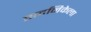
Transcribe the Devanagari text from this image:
सदनिकेला